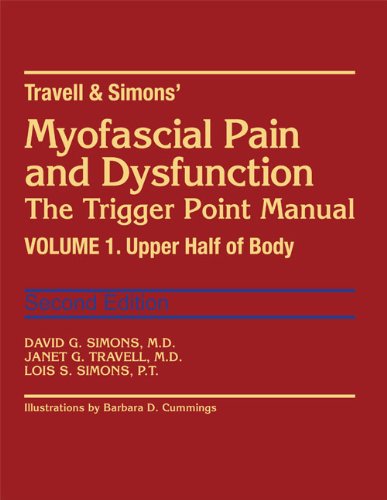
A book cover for Myofascial Pain and Dysfunction: The Trigger Point Manual; Vol. 1. The Upper Half of Body; David G. Simons; Medical Books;